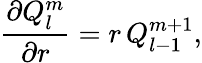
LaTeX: \frac{\partial Q_{l}^{m}}{\partial r}=r\, Q_{l-1}^{m+1},